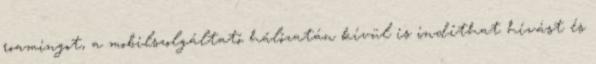
roamingot, a mobilszolgáltató hálózatán kívül is indíthat hívást és